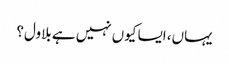
یہاں، ایسا کیوں نہیں ہے بلاول؟